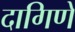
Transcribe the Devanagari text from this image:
दागिणे